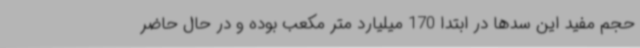
حجم مفید این سدها در ابتدا 170 میلیارد متر مکعب بوده و در حال حاضر